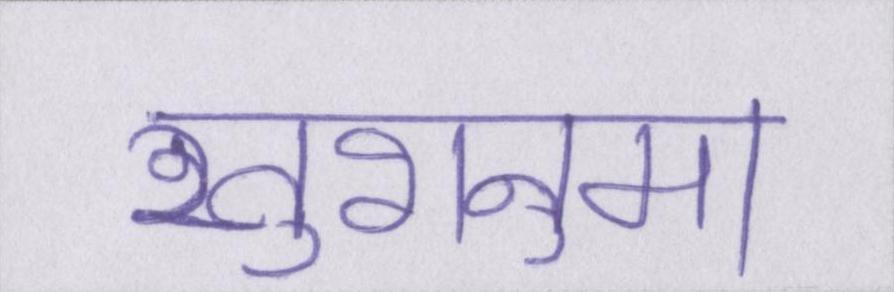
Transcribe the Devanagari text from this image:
खुशनुमा